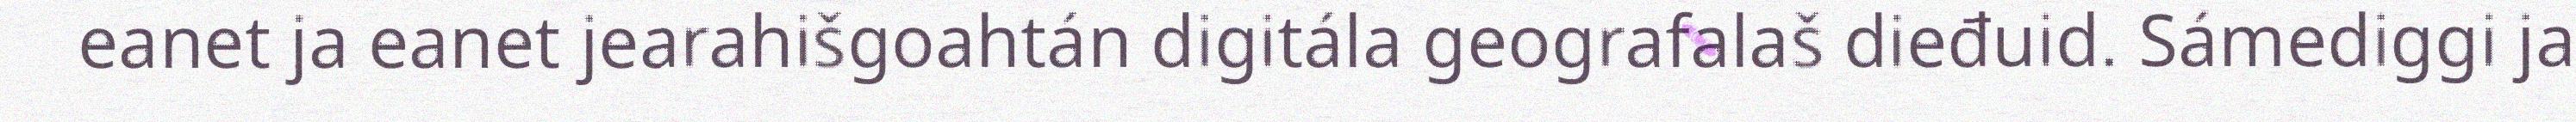
eanet ja eanet jearahišgoahtán digitála geografalaš dieđuid. Sámediggi ja